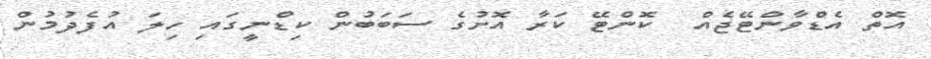
އޮތް އެޑްވާންޓޭޖެއް  ކޮންޓޭ ކަރާ އޮށުގެ ސަބަބުން ކިޑްނީގައި ހިލަ އުފެދުމުން